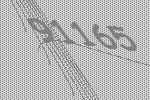
91165